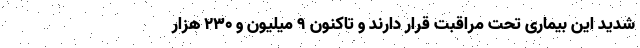
شدید این بیماری تحت مراقبت قرار دارند و تاکنون ۹ میلیون و ۲۳۰ هزار